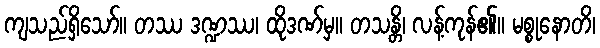
ကျသည်ရှိသော်။ တဿ ဒဏ္ဍဿ၊ ထိုဒဏ်မှ။ တသန္တိ၊ လန့်ကုန်၏။ မစ္စုနောတိ၊